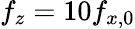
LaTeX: f_{z}=10f_{x,0}